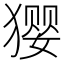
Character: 𰡢